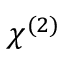
\chi ^ { ( 2 ) }